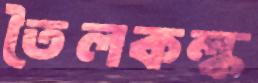
তৈলকল্ক